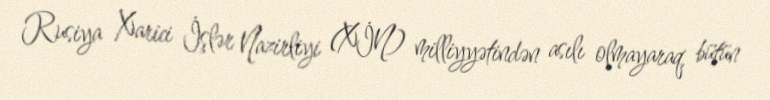
Rusiya Xarici İşlər Nazirliyi (XİN) milliyyətindən asılı olmayaraq, bütün